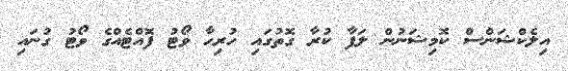
އިލެކްޝަންސް ކޮމިޝަނުން ލަފާ ކުރާ ގޮތުގައި ހުރިހާ ވޯޓު ފޮއްޓެއްގެ ވޯޓު ގުނައި